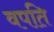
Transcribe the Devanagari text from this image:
वपति